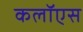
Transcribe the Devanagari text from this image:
कलॉएस